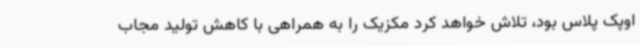
اوپک پلاس بود، تلاش خواهد کرد مکزیک را به همراهی با کاهش تولید مجاب